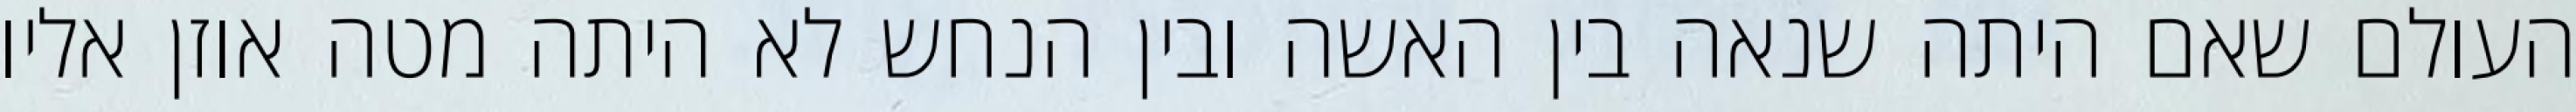
העולם שאם היתה שנאה בין האשה ובין הנחש לא היתה מטה אוזן אליו